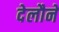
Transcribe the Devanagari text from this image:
देलौने